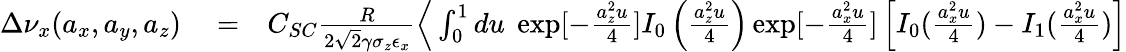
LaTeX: \begin{array}{rlr}{\Delta\nu_{x}(a_{x},a_{y},a_{z})}&{{}=}&{C_{SC}\frac{R}{2\sqrt{2}\gamma\sigma_{z}\epsilon_{x}}{\Big\langle}\int_{0}^{1}du\; \exp[-\frac{a_{z}^{2}u}{4}]I_{0}\left(\frac{a_{z}^{2}u}{4}\right)\exp[-\frac{a_{x}^{2}u}{4}]\left[I_{0}(\frac{a_{x}^{2}u}{4})-I_{1}(\frac{a_{x}^{2}u}{4})\right]}\end{array}